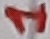
Text: 1